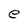
Character: e